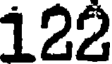
122